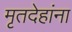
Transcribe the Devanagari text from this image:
मृतदेहांना